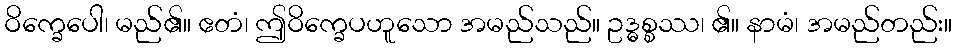
ဝိက္ခေပေါ၊ မည်၏။ ဧတံ၊ ဤဝိက္ခေပဟူသော အမည်သည်။ ဥဒ္ဓစ္စဿ၊ ၏။ နာမံ၊ အမည်တည်း။